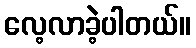
လေ့လာခဲ့ပါတယ်။